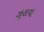
ઝૂલવા